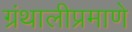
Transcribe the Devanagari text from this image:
ग्रंथालीप्रमाणे